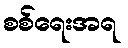
စစ်ရေးအရ